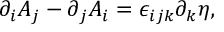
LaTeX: \partial _ { i } A _ { j } - \partial _ { j } A _ { i } = \epsilon _ { i j k } \partial _ { k } \eta ,